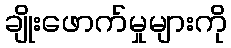
ချိုးဖောက်မှုများကို